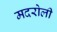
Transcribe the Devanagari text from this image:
मदरोली